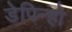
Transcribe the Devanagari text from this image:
डेपिन्हो